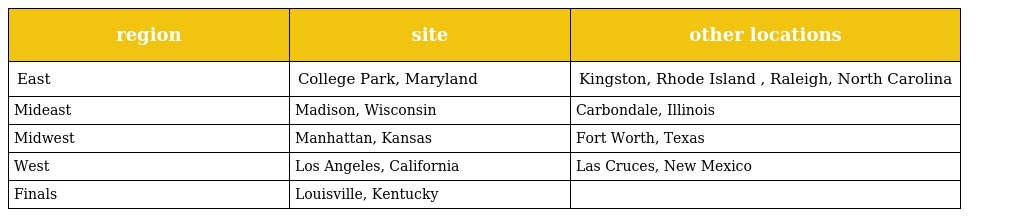
| region | site | other locations |
 | --- | --- | --- |
 | East | College Park, Maryland | Kingston, Rhode Island , Raleigh, North Carolina |
 | Mideast | Madison, Wisconsin | Carbondale, Illinois |
 | Midwest | Manhattan, Kansas | Fort Worth, Texas |
 | West | Los Angeles, California | Las Cruces, New Mexico |
 | Finals | Louisville, Kentucky |  |